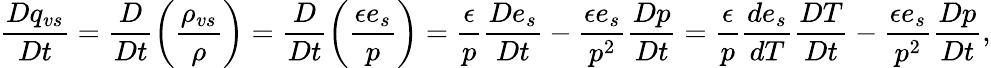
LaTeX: \frac{Dq_{vs}}{Dt}=\frac{D}{Dt}\left(\frac{\rho_{vs}}{\rho}\right)=\frac{D}{Dt}\left(\frac{\epsilon e_{s}}{p}\right)=\frac{\epsilon}{p}\frac{De_{s}}{Dt}-\frac{\epsilon e_{s}}{p^{2}}\frac{Dp}{Dt}=\frac{\epsilon}{p}\frac{de_{s}}{dT}\frac{DT}{Dt}-\frac{\epsilon e_{s}}{p^{2}}\frac{Dp}{Dt},